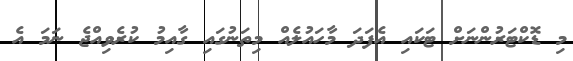
މި ޑޮކްޓަރުންނަށް ޓަކައި އެފަދަ މާހައުލެއް މިތަނުގައި ގާއިމު ކުރެވިއްޖެ ނަމަ އެ